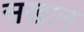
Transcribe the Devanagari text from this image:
सखान